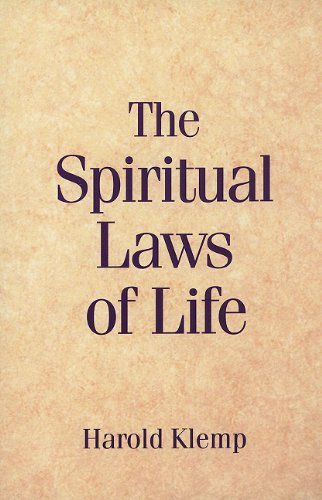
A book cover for The Spiritual Laws of Life; Harold Klemp; Religion & Spirituality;